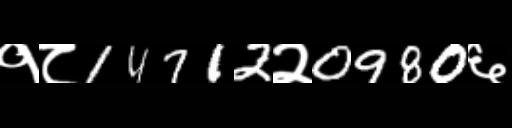
Text: १८14712२0980६